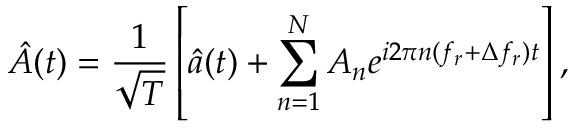
\hat { A } ( t ) = \frac { 1 } { \sqrt T } \left[ \hat { a } ( t ) + \sum _ { n = 1 } ^ { N } A _ { n } e ^ { i 2 \pi n ( f _ { r } + \Delta f _ { r } ) t } \right] ,